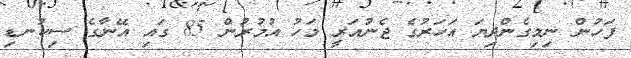
ފަހުން ނިމިގެންދިޔަ އަހަރުގެ ޖެނުއަރީ މަހު އުމުރުން 85 ގައި އޭނާގެ ސިކުނޑި